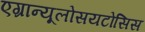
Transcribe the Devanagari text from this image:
एग्रान्यूलोसयटोसिस